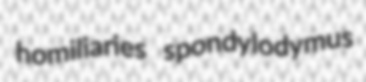
homiliaries spondylodymus